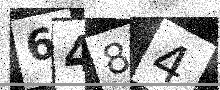
Text: 6484